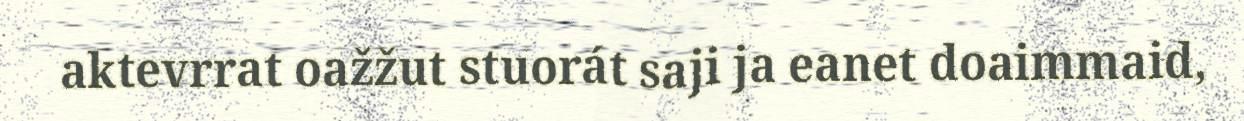
aktevrrat oažžut stuorát saji ja eanet doaimmaid,